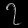
Digit: ၇